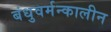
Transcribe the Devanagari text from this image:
बंधुवर्मन्कालीन